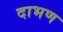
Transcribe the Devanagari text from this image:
दाभण